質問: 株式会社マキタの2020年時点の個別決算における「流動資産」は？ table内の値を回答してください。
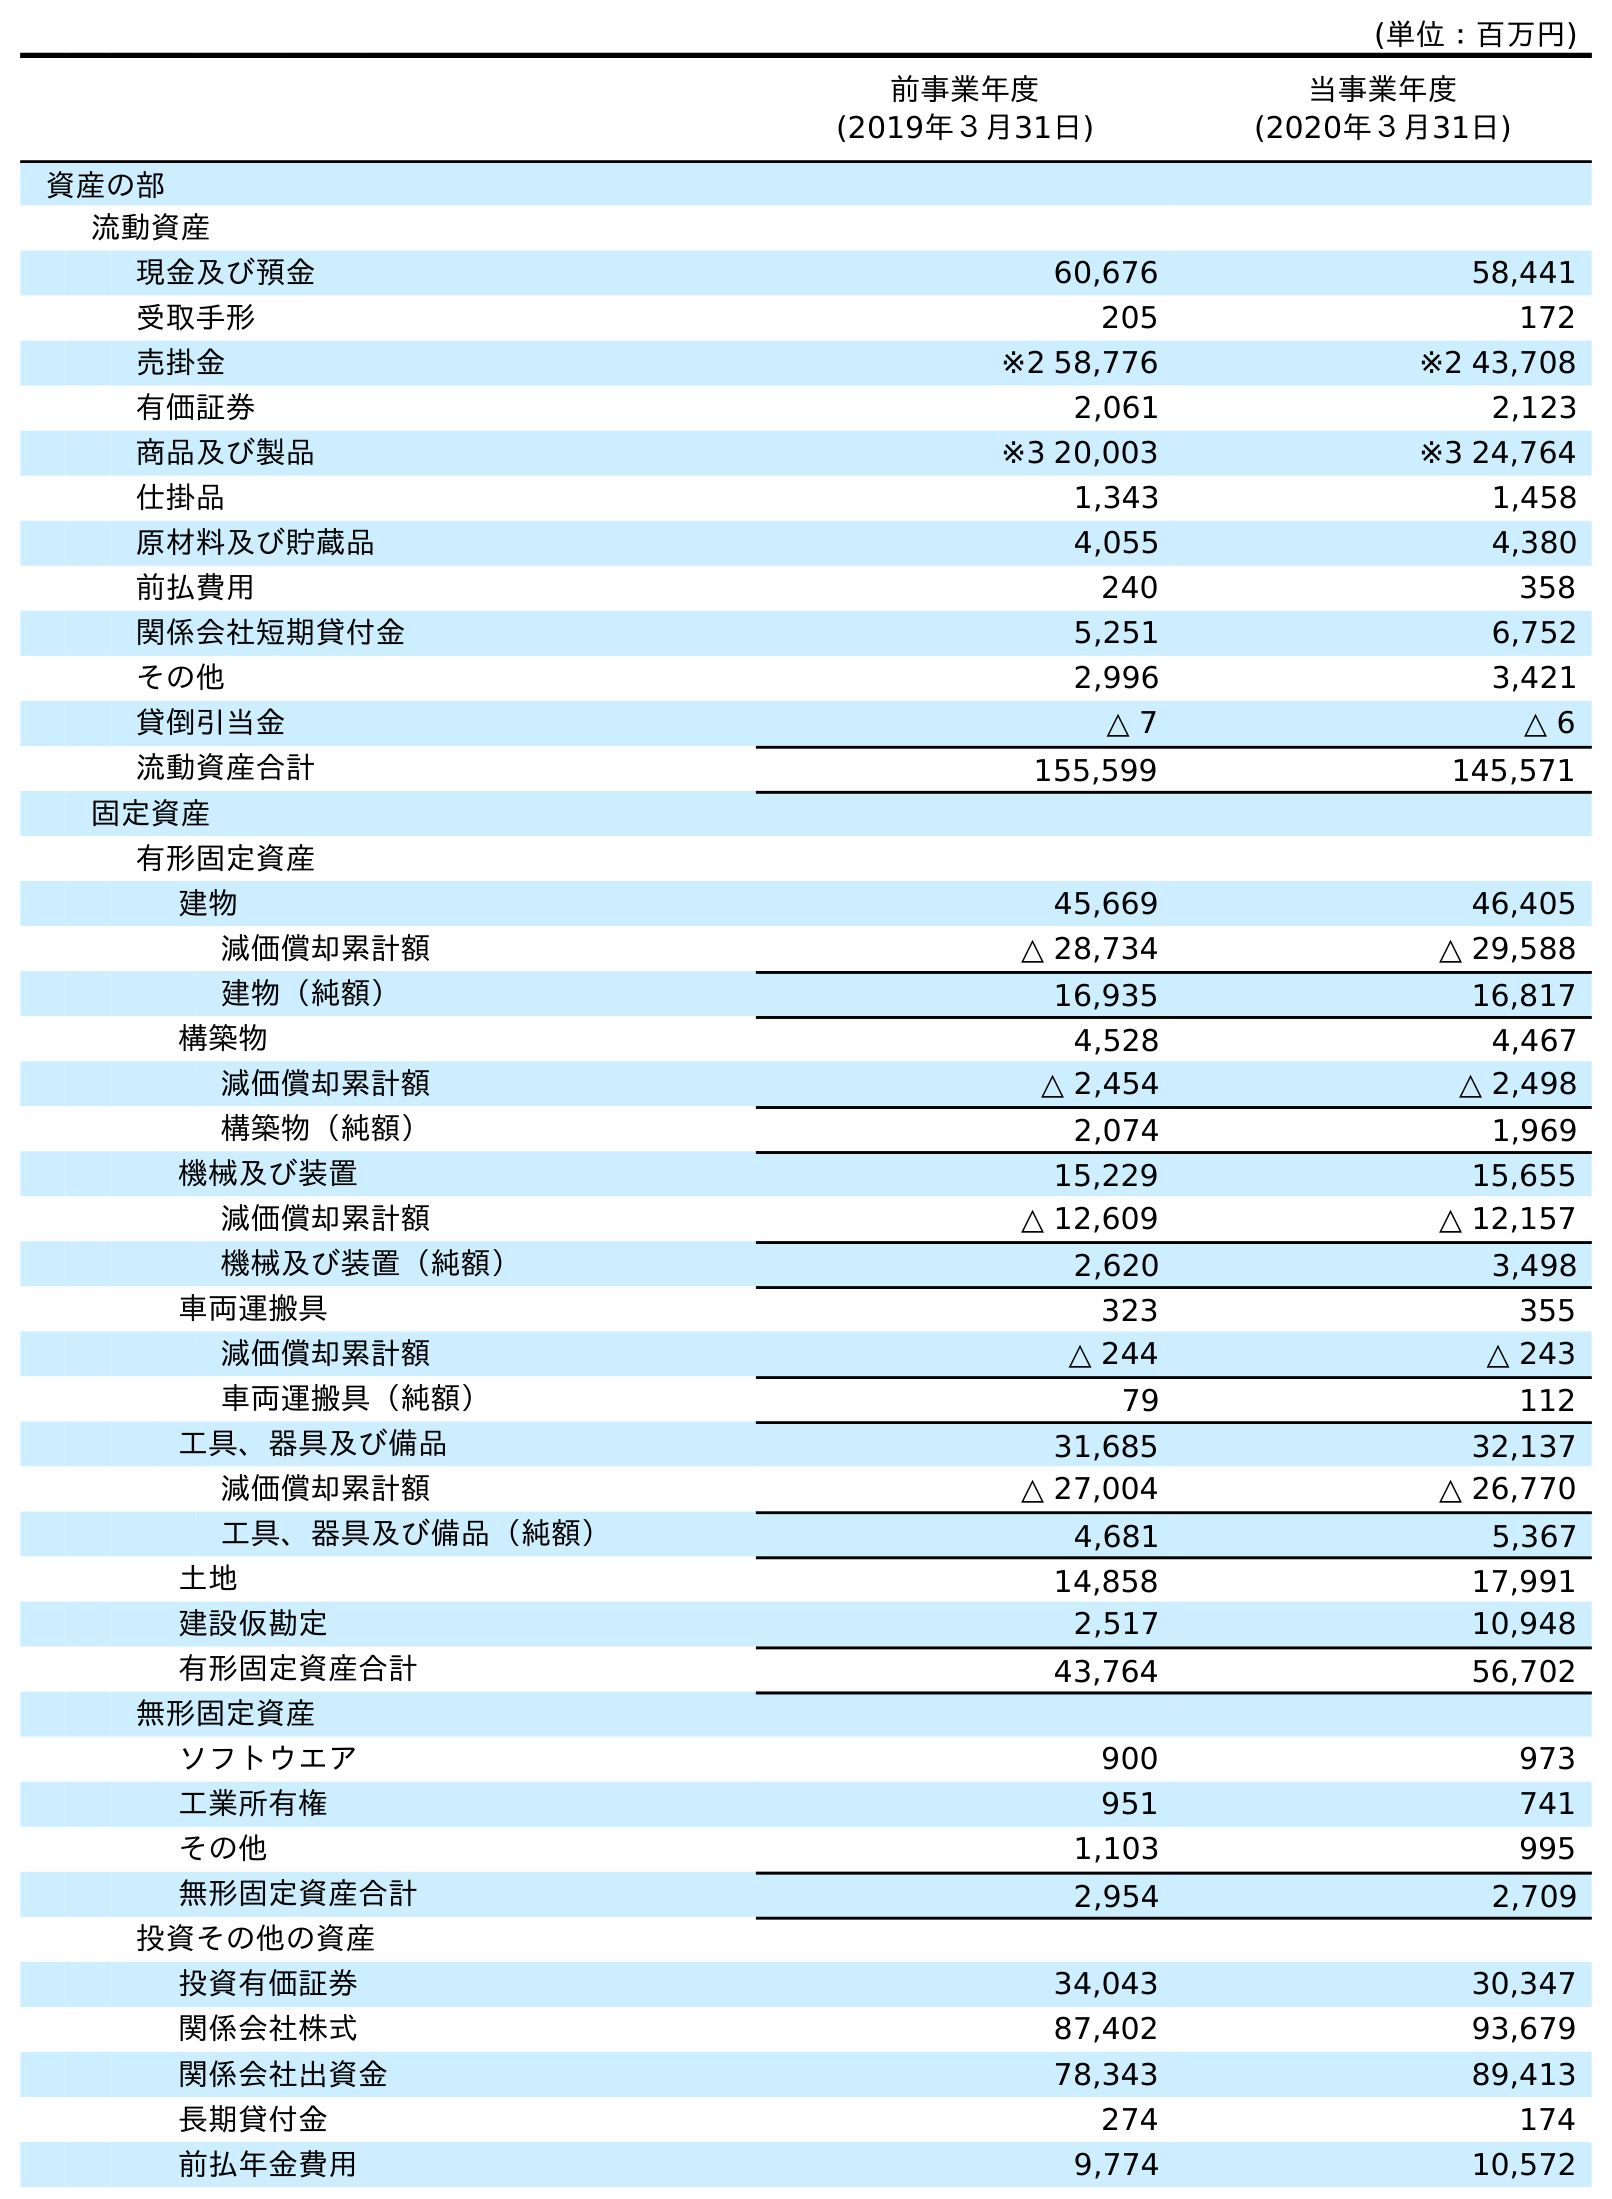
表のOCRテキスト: (単位：百万円) 前事業年度 (2019年３月31日) 当事業年度 (2020年３月31日) 資産の部 流動資産 現金及び預金 60,676 58,441 受取手形 205 172 売掛金 ※2 58,776 ※2 43,708 有価証券 2,061 2,123 商品及び製品 ※3 20,003 ※3 24,764 仕掛品 1,343 1,458 原材料及び貯蔵品 4,055 4,380 前払費用 240 358 関係会社短期貸付金 5,251 6,752 その他 2,996 3,421 貸倒引当金 △ 7 △ 6 流動資産合計 155,599 145,571 固定資産 有形固定資産 建物 45,669 46,405 減価償却累計額 △ 28,734 △ 29,588 建物（純額） 16,935 16,817 構築物 4,528 4,467 減価償却累計額 △ 2,454 △ 2,498 構築物（純額） 2,074 1,969 機械及び装置 15,229 15,655 減価償却累計額 △ 12,609 △ 12,157 機械及び装置（純額） 2,620 3,498 車両運搬具 323 355 減価償却累計額 △ 244 △ 243 車両運搬具（純額） 79 112 工具、器具及び備品 31,685 32,137 減価償却累計額 △ 27,004 △ 26,770 工具、器具及び備品（純額） 4,681 5,367 土地 14,858 17,991 建設仮勘定 2,517 10,948 有形固定資産合計 43,764 56,702 無形固定資産 ソフトウエア 900 973 工業所有権 951 741 その他 1,103 995 無形固定資産合計 2,954 2,709 投資その他の資産 投資有価証券 34,043 30,347 関係会社株式 87,402 93,679 関係会社出資金 78,343 89,413 長期貸付金 274 174 前払年金費用 9,774 10,572
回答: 145,571